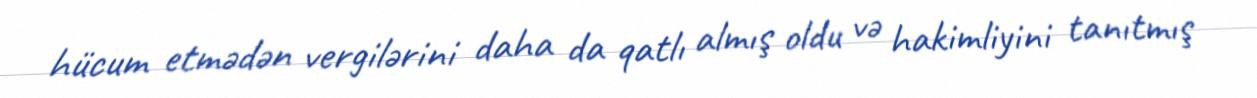
hücum etmədən vergilərini daha da qatlı almış oldu və hakimliyini tanıtmış